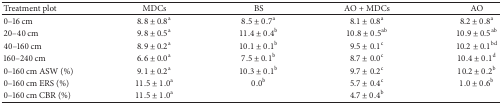
| Treatment plot | MDCs | BS | AO + MDCs | AO |
 | --- | --- | --- | --- | --- |
 | 0–16 cm | 8.8 ± 0.8a | 8.5 ± 0.7a | 8.1 ± 0.8a | 8.2 ± 0.8a |
 | 20–40 cm | 9.8 ± 0.5a | 11.4 ± 0.4b | 10.8 ± 0.5ab | 10.9 ± 0.5ab |
 | 40–160 cm | 8.9 ± 0.2a | 10.1 ± 0.1b | 9.5 ± 0.1c | 10.2 ± 0.1bd |
 | 160–240 cm | 6.6 ± 0.0a | 7.5 ± 0.1b | 8.7 ± 0.0c | 10.4 ± 0.1d |
 | 0–160 cm ASW (%) | 9.1 ± 0.2a | 10.3 ± 0.1b | 9.7 ± 0.2c | 10.2 ± 0.2b |
 | 0–160 cm ERS (%) | 11.5 ± 1.0a | 0.0b | 5.7 ± 0.4c | 1.0 ± 0.6b |
 | 0–160 cm CBR (%) | 11.5 ± 1.0a |  | 4.7 ± 0.4b |  |